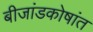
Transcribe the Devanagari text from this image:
बीजांडकोषांत